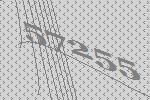
57255